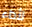
لأداء